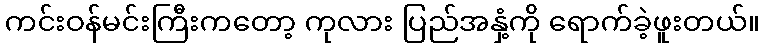
ကင်းဝန်မင်းကြီးကတော့ ကုလား ပြည်အနှံ့ကို ရောက်ခဲ့ဖူးတယ်။